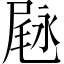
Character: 𱧇